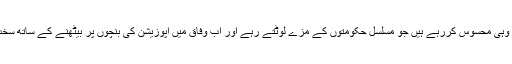
سیاسی حالات کی گرمی صرف وہی محسوس کررہے ہیں جو مسلسل حکومتوں کے مزے لوٹتے رہے اور اب وفاق میں اپوزیشن کی بنچوں پر بیٹھنے کے ساتھ سخت احتساب کا سامنا کررہے ہیں۔